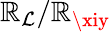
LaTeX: \mathbb{R}_{\mathcal{{L}}}/\mathbb{R}_{\xiy}